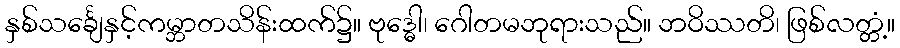
နှစ်သင်္ချေနှင့်ကမ္ဘာတသိန်းထက်၌။ ဗုဒ္ဓေါ၊ ဂေါတမဘုရားသည်။ ဘဝိဿတိ၊ ဖြစ်လတ္တံ့။